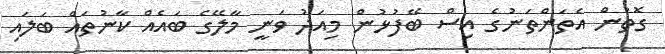
ގޮތުން އެތަންތަނުގެ އިސް ބޭފުުޅުން މިއަދު ވަނީ މާލޭގެ ބައެއް ކާނުތައް ބަލައި